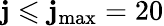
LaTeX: \mathbf{j}\leqslant\mathbf{j}_{\mathrm{{max}}}=20